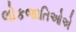
લોકજાતિઓએ